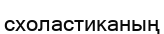
схоластиканың